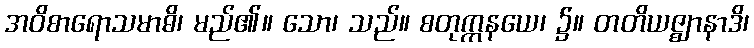
အဝိစာရောသမာဓိ၊ မည်၏။ သော၊ သည်။ စတုက္ကနယေ၊ ၌။ တတိယဇ္ဈာနာဒိ၊